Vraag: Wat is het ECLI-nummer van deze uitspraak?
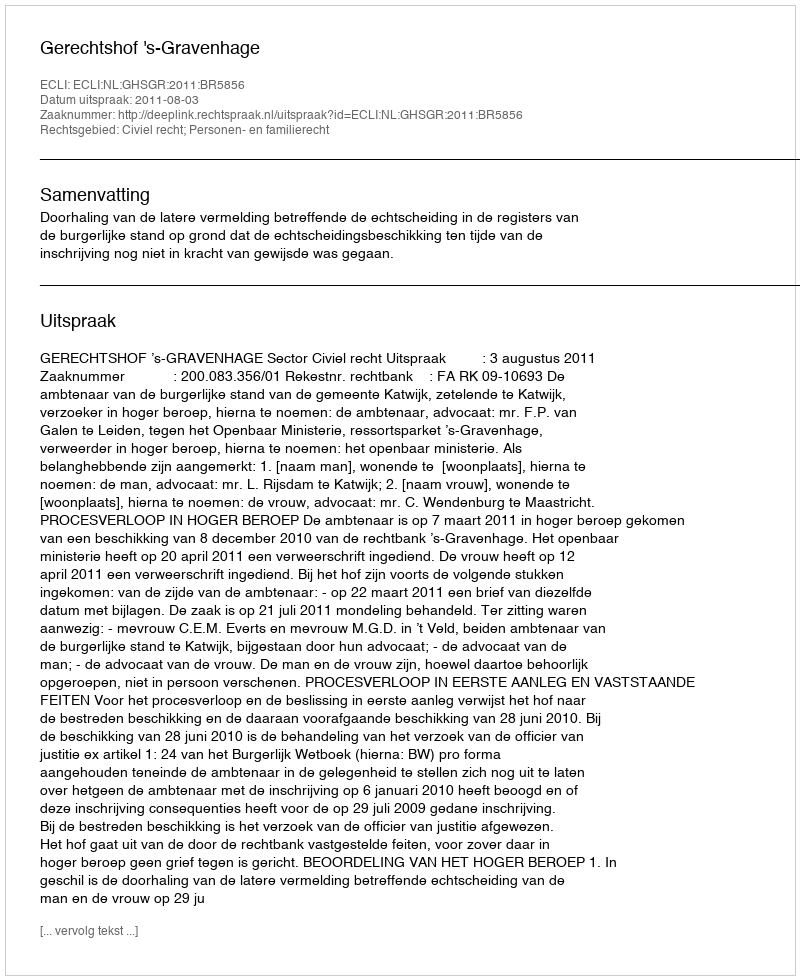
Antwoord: ECLI:NL:GHSGR:2011:BR5856